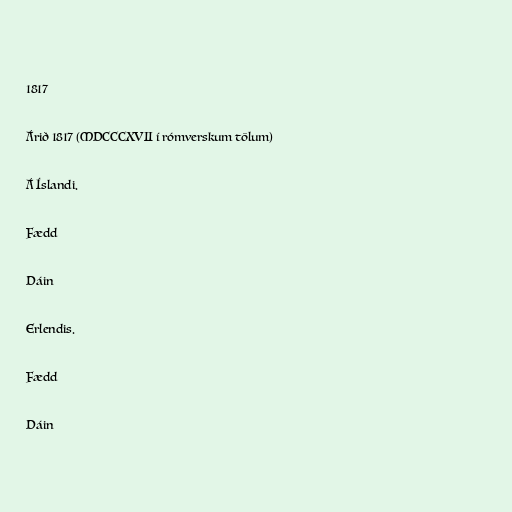
1817

Árið 1817 (MDCCCXVII í rómverskum tölum)

Á Íslandi.

Fædd

Dáin

Erlendis.

Fædd

Dáin